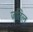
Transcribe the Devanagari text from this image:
जतिल